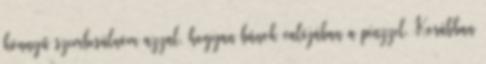
könnyű szembesülnöm azzal, hogyan bánok valójában a pénzzel. Korábban